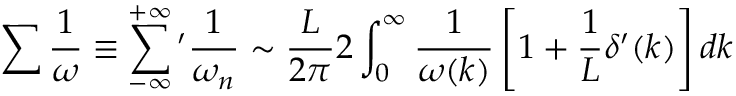
\sum \frac { 1 } { \omega } \equiv \sum _ { - \infty } ^ { + \infty } \, \! ^ { \prime } \frac { 1 } { \omega _ { n } } \sim \frac { L } { 2 \pi } 2 \int _ { 0 } ^ { \infty } \frac { 1 } { \omega ( k ) } \left[ 1 + \frac { 1 } { L } \delta ^ { \prime } ( k ) \right] d k